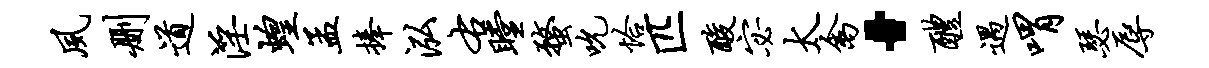
夙删道淫蝗孟捧泓右瞠蝥吮恰匹酸宓太禽·醴遇喟瑟辱